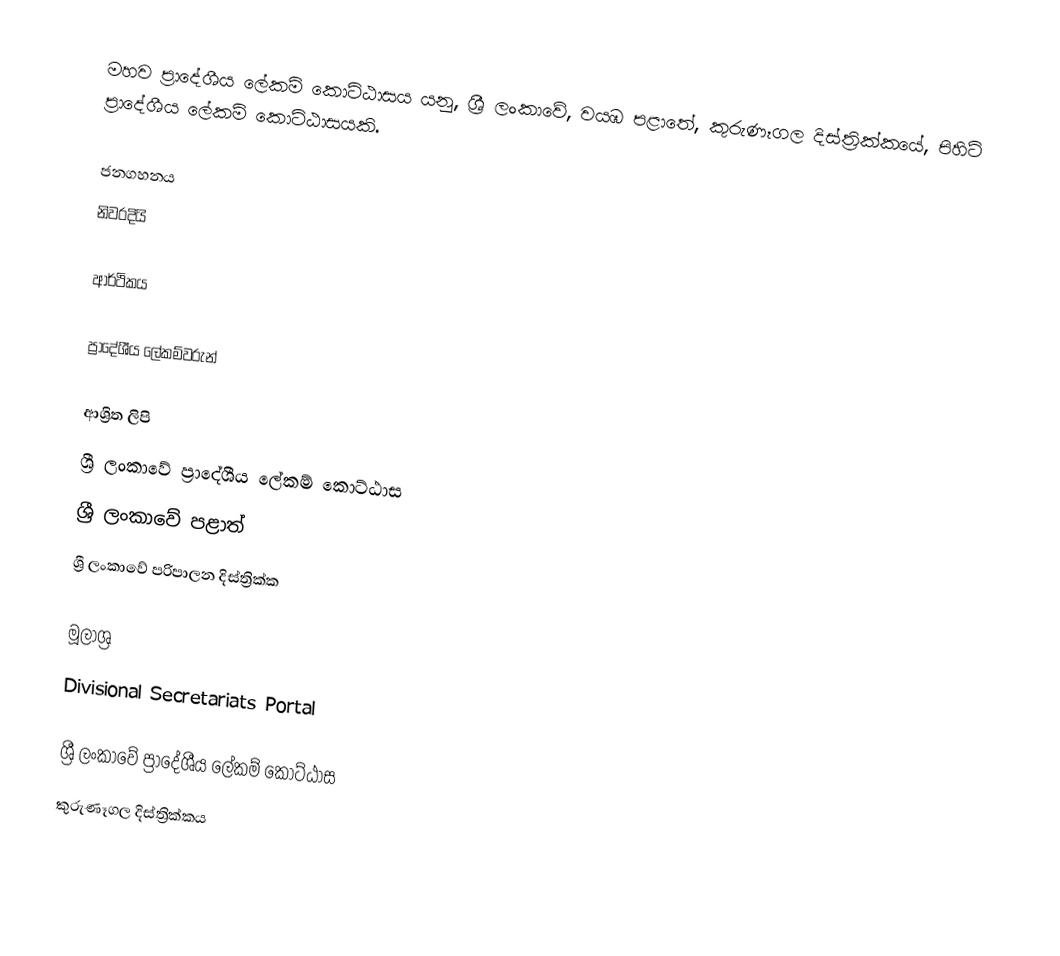
මහව ප්‍රාදේශීය ලේකම් කොට්ඨාසය යනු,  ශ්‍රී ලංකාවේ, වයඹ පළාතේ,   කුරුණෑගල දිස්ත්‍රික්කයේ, පිහිටි ප්‍රාදේශීය ලේකම් කොට්ඨාසයකි.

ජනගහනය
නිවරදියි

ආර්ථිකය

ප්‍රාදේශීය ලේකම්වරුන්

ආශ්‍රිත ලිපි
ශ්‍රී ලංකාවේ ප්‍රාදේශීය ලේකම් කොට්ඨාස
ශ්‍රී ලංකාවේ පළාත්
ශ්‍රී ලංකාවේ පරිපාලන දිස්ත්‍රික්ක

මූලාශ්‍ර
 Divisional Secretariats Portal

ශ්‍රී ලංකාවේ ප්‍රාදේශීය ලේකම් කොට්ඨාස
කුරුණෑගල දිස්ත්‍රික්කය